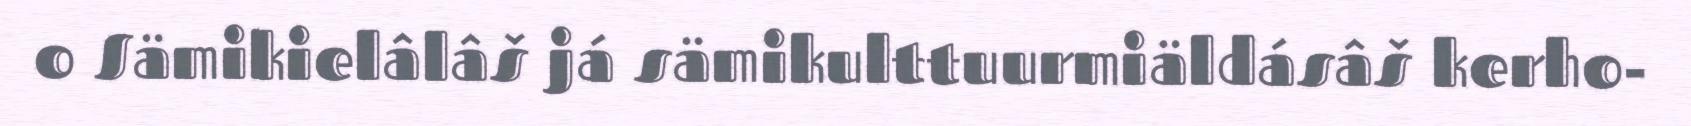
o Sämikielâlâš já sämikulttuurmiäldásâš kerho-